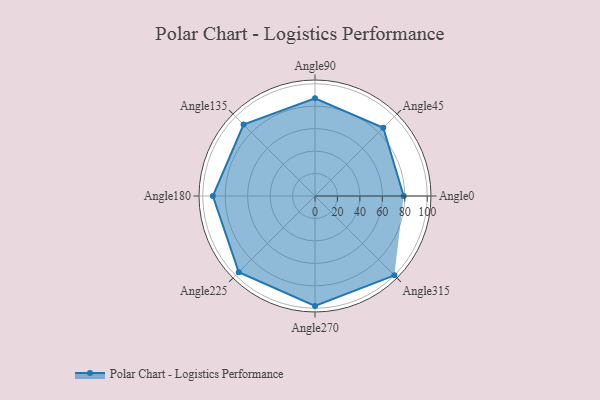
{"axis": {"x": "Angle", "y": "Radius"}, "legend": [""], "data": [{"x": "Angle0", "y": 79.0, "type": ""}, {"x": "Angle45", "y": 86.0, "type": ""}, {"x": "Angle90", "y": 87.0, "type": ""}, {"x": "Angle135", "y": 90.0, "type": ""}, {"x": "Angle180", "y": 91.0, "type": ""}, {"x": "Angle225", "y": 96.0, "type": ""}, {"x": "Angle270", "y": 98.0, "type": ""}, {"x": "Angle315", "y": 100.0, "type": ""}]}